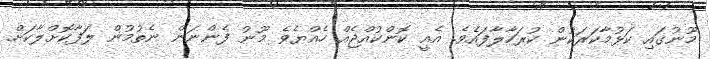
މޫނުގައި ކަޅުމާކަރަކުން ކުރަހާލާފައެވެ. އެއީ ކޮންކުއްޖެއް ހެއްޔެވެ މޫނު ފެންނަން ނެތުމުން ލަފާކޮށްލާކަށް